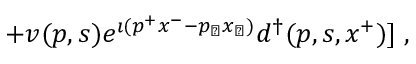
\; + v ( p , s ) e ^ { \imath ( p ^ { + } x ^ { - } - p _ { \perp } x _ { \perp } ) } d ^ { \dagger } ( p , s , x ^ { + } ) ] \; ,